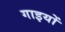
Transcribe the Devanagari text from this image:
गाइयों